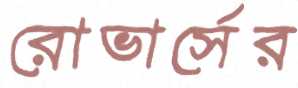
রোভার্সের